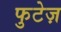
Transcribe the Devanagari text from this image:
फुटेज़